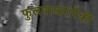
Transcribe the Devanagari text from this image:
फुलपाखरांपैकी